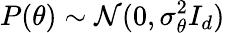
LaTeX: P(\theta)\sim\mathcal{N}(0,\sigma_{\theta}^{2}I_{d})